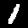
Label: 1